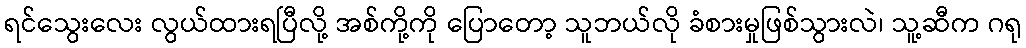
ရင်သွေးလေး လွယ်ထားရပြီလို့ အစ်ကို့ကို ပြောတော့ သူဘယ်လို ခံစားမှုဖြစ်သွားလဲ၊ သူ့ဆီက ဂရု